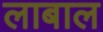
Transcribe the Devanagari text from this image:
लाबाल